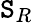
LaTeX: \mathtt{S}_{R}